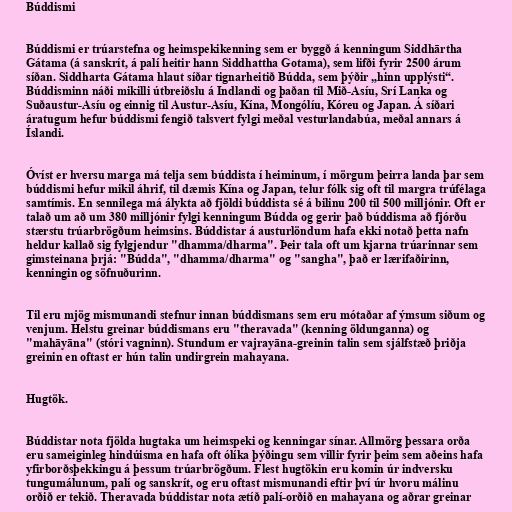
Búddismi

Búddismi er trúarstefna og heimspekikenning sem er byggð á kenningum Siddhārtha
Gátama (á sanskrít, á palí heitir hann Siddhattha Gotama), sem lifði fyrir 2500 árum
síðan. Siddharta Gátama hlaut síðar tignarheitið Búdda, sem þýðir „hinn upplýsti“.
Búddisminn náði mikilli útbreiðslu á Indlandi og þaðan til Mið-Asíu, Srí Lanka og
Suðaustur-Asíu og einnig til Austur-Asíu, Kína, Mongólíu, Kóreu og Japan. Á síðari
áratugum hefur búddismi fengið talsvert fylgi meðal vesturlandabúa, meðal annars á
Íslandi.

Óvíst er hversu marga má telja sem búddista í heiminum, í mörgum þeirra landa þar sem
búddismi hefur mikil áhrif, til dæmis Kína og Japan, telur fólk sig oft til margra trúfélaga
samtímis. En sennilega má álykta að fjöldi búddista sé á bilinu 200 til 500 milljónir. Oft er
talað um að um 380 milljónir fylgi kenningum Búdda og gerir það búddisma að fjórðu
stærstu trúarbrögðum heimsins. Búddistar á austurlöndum hafa ekki notað þetta nafn
heldur kallað sig fylgjendur "dhamma/dharma". Þeir tala oft um kjarna trúarinnar sem
gimsteinana þrjá: "Búdda", "dhamma/dharma" og "sangha", það er lærifaðirinn,
kenningin og söfnuðurinn.

Til eru mjög mismunandi stefnur innan búddismans sem eru mótaðar af ýmsum siðum og
venjum. Helstu greinar búddismans eru "theravada" (kenning öldunganna) og
"mahāyāna" (stóri vagninn). Stundum er vajrayāna-greinin talin sem sjálfstæð þriðja
greinin en oftast er hún talin undirgrein mahayana.

Hugtök.

Búddistar nota fjölda hugtaka um heimspeki og kenningar sínar. Allmörg þessara orða
eru sameiginleg hindúisma en hafa oft ólíka þýðingu sem villir fyrir þeim sem aðeins hafa
yfirborðsþekkingu á þessum trúarbrögðum. Flest hugtökin eru komin úr indversku
tungumálunum, palí og sanskrít, og eru oftast mismunandi eftir því úr hvoru málinu
orðið er tekið. Theravada búddistar nota ætíð palí-orðið en mahayana og aðrar greinar